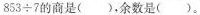
$$8 5 3 ÷ 7$$的商是( )，余数是( )